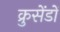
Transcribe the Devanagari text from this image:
क्रुसेंडों